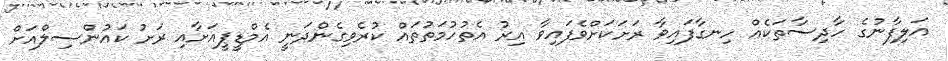
އަލިފާނުގެ ހާދިސާތަކެއް ހިނގާފައިވާ ރަށަކަށްވެފައިވާ އިރު އެތުހުމަތުތައް ކުރެވިގެންދަނީ އެމްޑީޕީއަށާއި ރަށު ކައުންސިލްއަށް